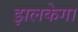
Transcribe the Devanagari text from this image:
झलकेगा